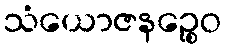
သံယောဇနဉ္စေဝ